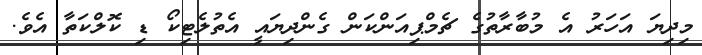
މިދިޔަ އަހަރު އެ މުބާރާތުގެ ޗެމްޕިއަންކަން ގެންދިޔައީ އެތުލެޓިކޯ ޑި ކޮލްކަތާ އެވެ.